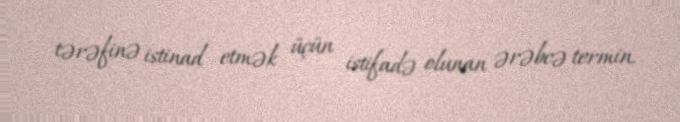
tərəfinə istinad etmək üçün istifadə olunan ərəbcə termin.